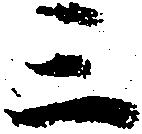
三